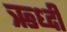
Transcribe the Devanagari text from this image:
ऋध्दी